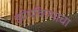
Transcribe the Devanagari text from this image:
झोपविण्याचा